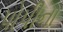
પોપીના